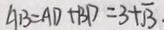
A B = A D + B D = 3 + \sqrt { 3 } .